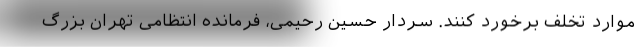
موارد تخلف برخورد کنند. سردار حسین رحیمی، فرمانده انتظامی تهران بزرگ